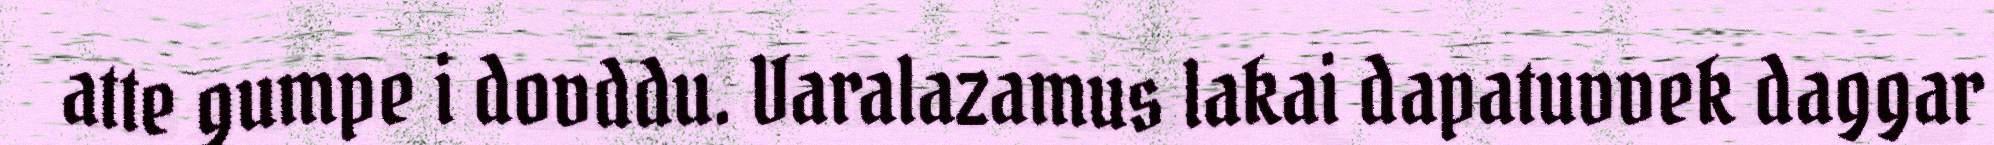
atte gumpe i dovddu. Varalazamus lakai dapatuvvek daggar